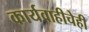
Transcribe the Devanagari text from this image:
कार्यवाहीचेही